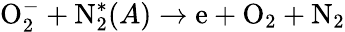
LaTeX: \mathrm O_{2}^{-}+\mathrm N_{2}^{*}(A)\to\mathrm e+\mathrm O_{2}+\mathrm N_{2}